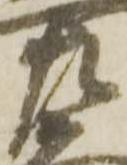
左